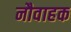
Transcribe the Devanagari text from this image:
नौवाहक